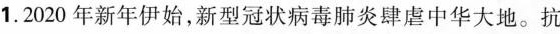
1.2020年新年伊始，新型冠状病毒肺炎肆虐中华大地。抗